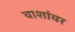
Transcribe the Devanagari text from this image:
वाशांवर